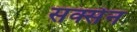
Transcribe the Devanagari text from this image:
सक्सेन